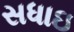
સધાઇ